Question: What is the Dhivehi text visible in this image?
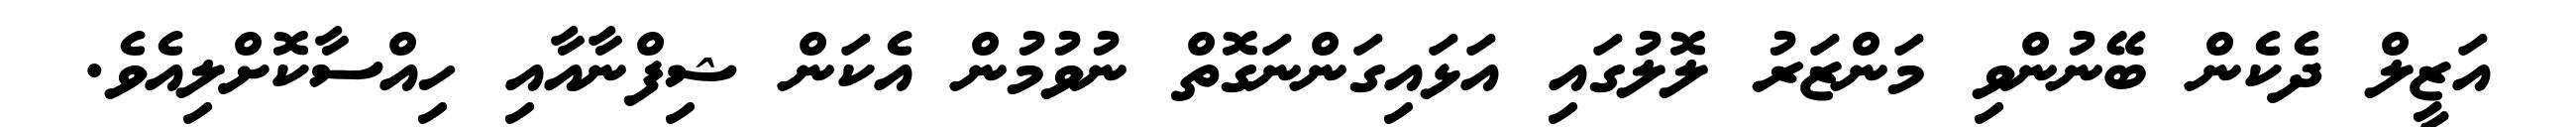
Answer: އަޒީލް ދެކެން ބޭނުންވި މަންޒަރު ލޮލުގައި އަޅައިގަންނަގޮތް ނުވުމުން އެކަން ޝިފްނާއާއި ހިއްސާކޮށްލިއެވެ.